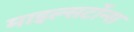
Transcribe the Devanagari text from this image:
माइल्सटोंन्स